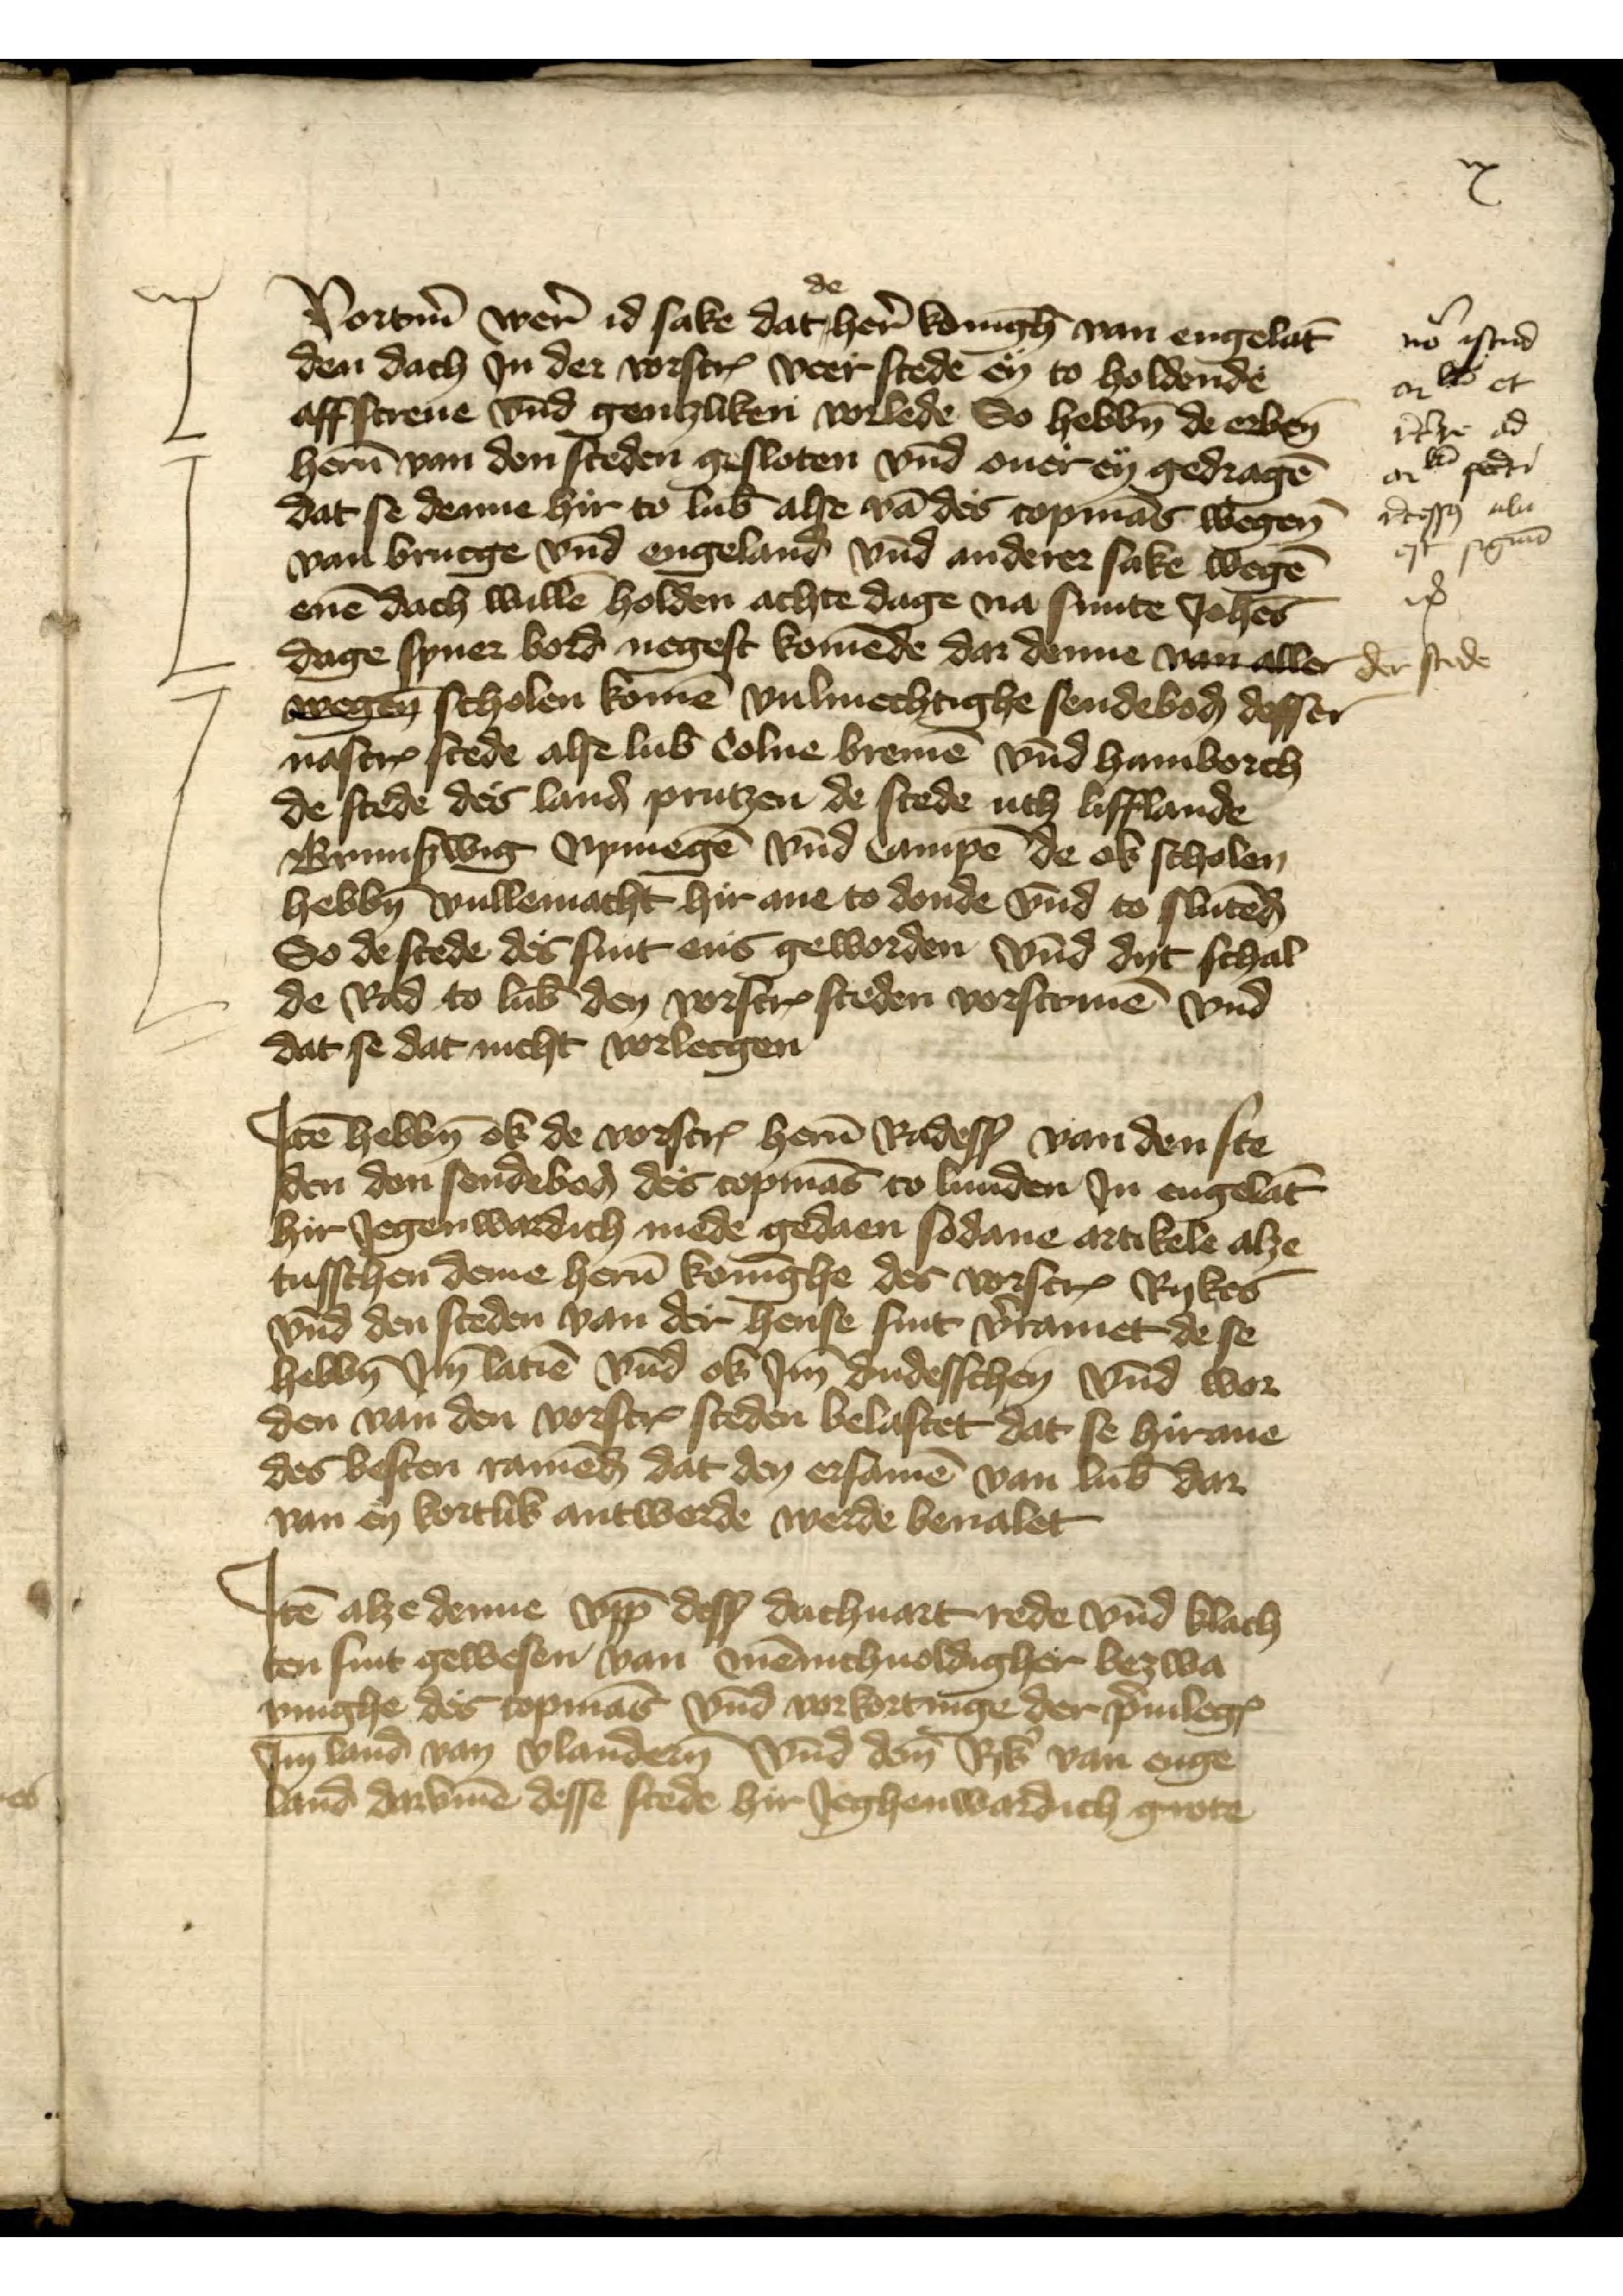
ix

Vomtmer were id sake dat de heren Koningh van Engelant
den dach Jn der vorscreuen veer steden eyn to holdende 
affscreuene vnd gentzliken vorlede So hebben de erbenomende
heren van den steden gesloten vnd ouer eyn gedragen
dat se denne hir to Lubeke alse van des copmans wegen
van Brucge vnd Engeland vnd anderer sake wegen
enen dach willen holden achte dage na sunte Joahanes
dage syner bord negest komende dar denne vn ellen
been scholen komen vulmechtighe sendeboden desser
nascreuen stede alse Lubeke Colne Bremen vnd Hamborch
de stede des landes prutzen de stede uth Lifflande
Brunßwig Nymegen vnd Campen de ok scholen
hebben Vullemacht hir ane to donde vnd to slutendes
So de stede de sint ens geworden vnd dyt schal
de Rad to Lubeke den vorscreuen steden vorscriuen vnd
dat se dat nicht vorlecgen

n istud
en lis et
r̉cr̉e ad
an lt̄ per
r̉cesso̧ ulu
est sigmā
etꝬ
der stede

Jtem hebben ok de vorscreuen heren Radessendeboden van den ste¬
den don sendeboden de copmans to Lunden Jn Engelant
hir Jegenwardich mede gedaen sodane artikele alze
tusschen deme heren koninghe der vorscreuen Rykes
vnd den steden van der hense sint vorramet de se
hebben Jm latien vnd ok Jm dudesschen vnd wor¬ 
den van den vorscreuen steden belastet dat se hirane
des besten ramenden dat den ersamen van Lubeke dar
van en bortlik antworde werde beualet

Jtem alze denne vppe dessse dachuart rede vnd klach¬
ten sint gewesen van Jnennichuoldigher beswa¬
ringhe des copmans vnd vorkortinge der priuilegien
Jm land van Vlandern vnd dem Rik van Enge¬
land darvmme desse stede hir Jeghenwardich grote